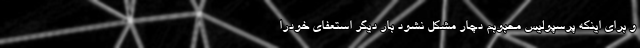
و برای اینکه پرسپولیس محبوبم دچار مشکل نشود بار ديگر استعفاي خودرا